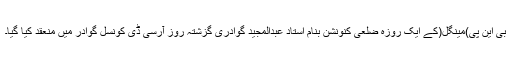
بی این پی)مینگل(کے ایک روزہ ضلعی کنونشن بنام استاد عبدالمجید گوادری گزشتہ روز آرسی ڈی کونسل گوادر میں منعقد کیا گیا۔